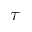
\boldsymbol { \tau }